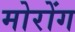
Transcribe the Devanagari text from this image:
मोरोंग